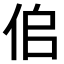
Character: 𠈆